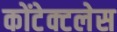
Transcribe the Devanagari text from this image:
कोंटेक्टलेस